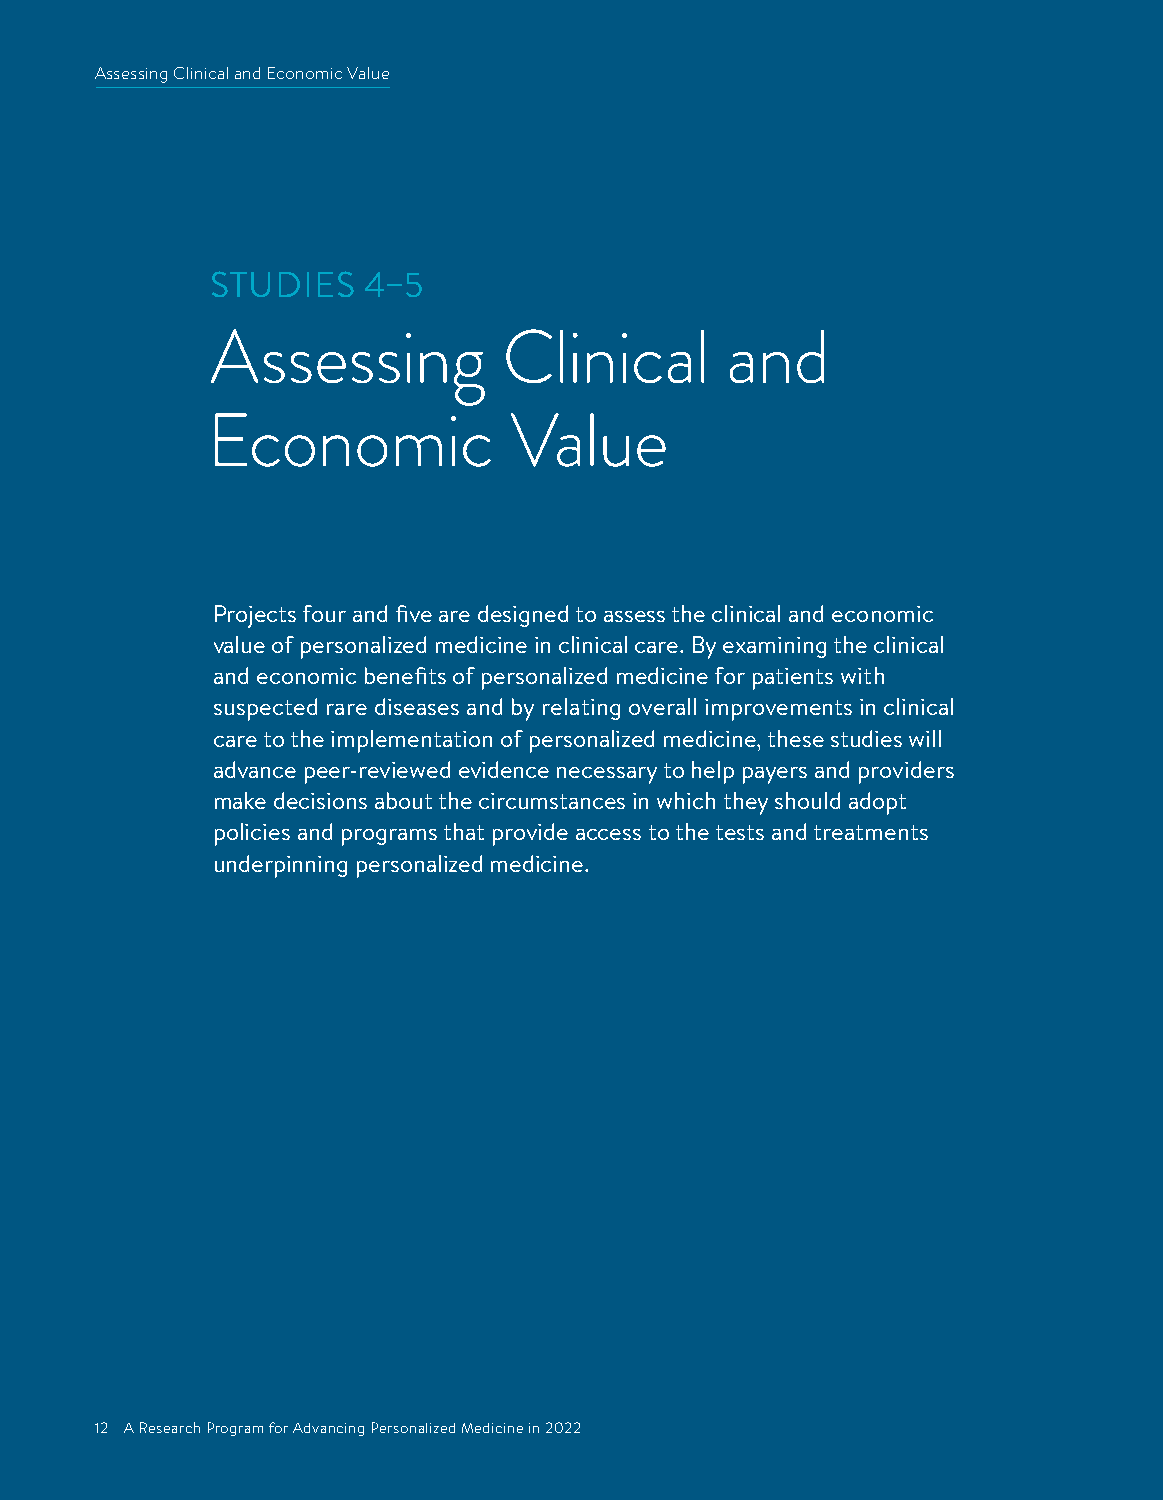
Assessing Clinical and Economic Value
 STUDIES   4–5
 Assessing          Clinical       and
 Economic            Value
 Projects four and five are designed to assess the clinical and economic
 value of personalized medicine in clinical care. By examining the clinical
 and economic benefits of personalized medicine for patients with
 suspected rare diseases and by relating overall improvements in clinical
 care to the implementation of personalized medicine, these studies will
 advance peer-reviewed evidence necessary to help payers and providers
 make decisions about the circumstances in which they should adopt
 policies and programs that provide access to the tests and treatments
 underpinning personalized medicine.
 12 A Research Program for Advancing Personalized Medicine in 2022
 12 A Research Program for Advancing Personalized Medicine in 2022